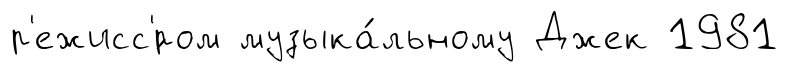
р'ежисс'́ром музыка́льному Джек 1981